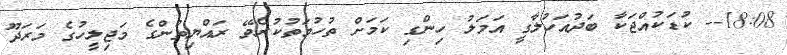
18:08-- ކުޑަކުއްޖަކާ ބަދުއަހުލާގީ އަމަލު ހިންގި ކަމަށް ތުހުމަތުކުރެވޭ ރައްޔިތުންގެ މަޖިލީހުގެ މަރަދޫ